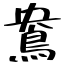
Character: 鴦